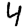
Digit: 4